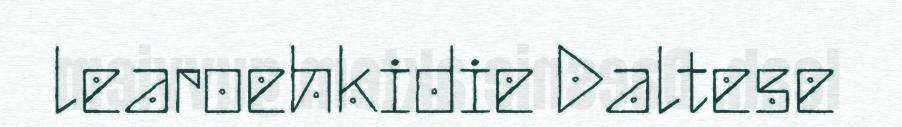
learoehkidie Daltese